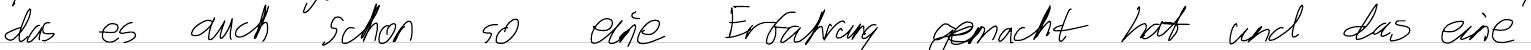
das es auch schon so eine Erfahrung gemacht hat und das eine